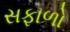
સફાળો